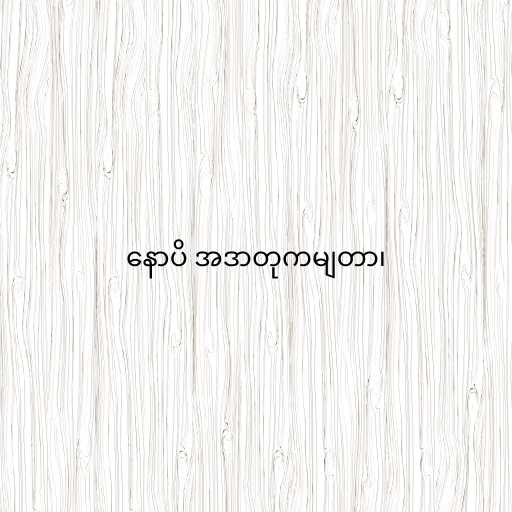
နောပိ အဒာတုကမျတာ၊